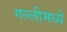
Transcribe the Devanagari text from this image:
गल्लीमध्ये